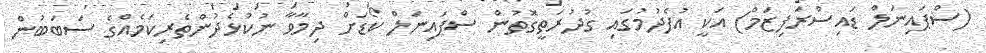
(ސްޕައިނަލް ޑައިސްރަފިޒަމް) އަކީ އުފެދުމުގައި ގުދުރަތީގޮތުން ސްޕައިނަލް ކޯޑަށް ދިމާވާ ނުކުޅެދުންތެރިކަމެއްގެ ސަބަބުން